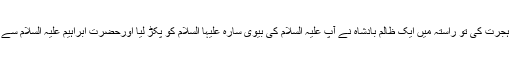
تیسرا عراق سے شام کی طرف ہجرت کی تو راستہ میں ایک ظالم بادشاہ نے آپ علیہ السلام کی بیوی سارہ علیہا السلام کو پکڑ لیا اورحضرت ابراہیم علیہ السلام سے کہا کہ یہ تیری کیا لگتی ہے ؟